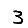
Digit: 3